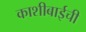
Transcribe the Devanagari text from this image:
काशीबाईची